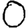
Digit: 0